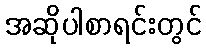
အဆိုပါစာရင်းတွင်